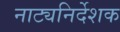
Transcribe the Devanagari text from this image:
नाट्यनिर्देशक